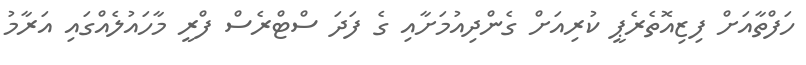
ހަފްތާއަށް ފިޒިއޮތެރެޕީ ކުރިއަށް ގެންދިއުމަށާއި ގެ ފަދަ ސްޓްރެސް ފްރީ މާހައުލެއްގައި އަރާމު